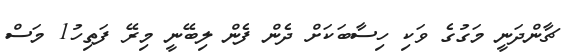
ޗާންދަނީ މަގުގެ ވަކި ހިސާބަކަށް ދެން ފެން ލިބޭނީ މިރޭ ފަތިހު1 މަސް